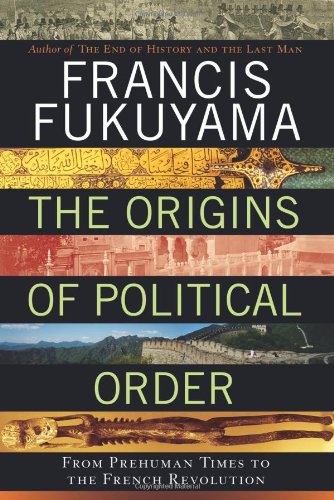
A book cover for The Origins of Political Order: From Prehuman Times to the French Revolution; Francis Fukuyama; Law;